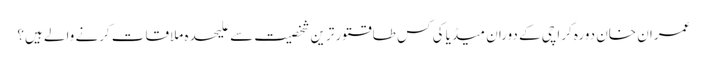
عمران خان دورہ کراچی کے دوران میڈیا کی کس طاقتور ترین شخصیت سے علیحدہ ملاقات کرنے والے ہیں؟